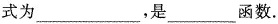
式为___,是___函数.